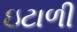
ઇટાળી